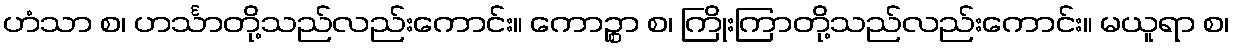
ဟံသာ စ၊ ဟင်္သာတို့သည်လည်းကောင်း။ ကောဉ္စာ စ၊ ကြိုးကြာတို့သည်လည်းကောင်း။ မယူရာ စ၊